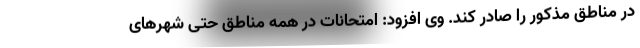
در مناطق مذکور را صادر کند. وی افزود: امتحانات در همه مناطق حتی شهرهای